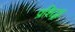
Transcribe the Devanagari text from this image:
प्रशिद्धा